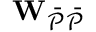
\mathbf { W } _ { \mathcal { \Bar { P } \Bar { P } } }